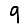
Digit: 9